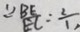
\because \frac { B E } { E C } : \frac { 2 } { 1 }